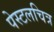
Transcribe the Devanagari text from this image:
पेस्टलचित्र